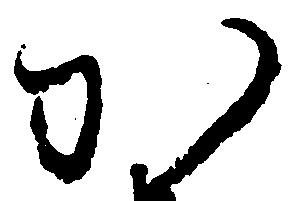
か